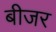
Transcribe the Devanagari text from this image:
बीजर